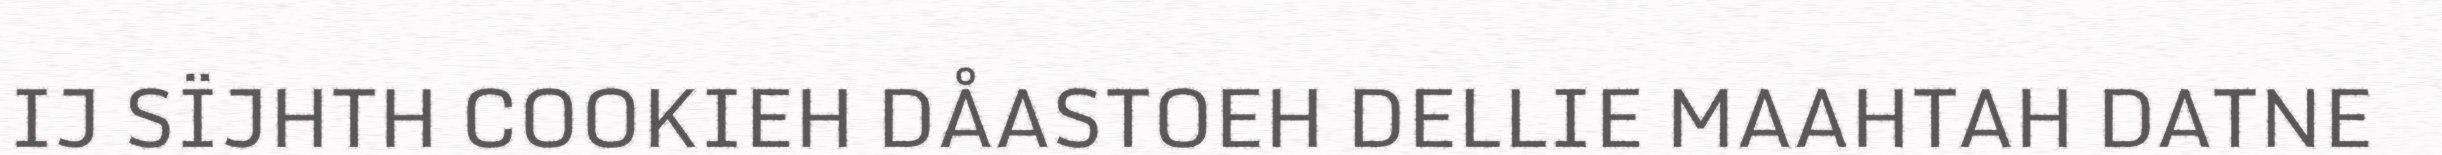
IJ SÏJHTH COOKIEH DÅASTOEH DELLIE MAAHTAH DATNE